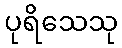
ပုရိသေသု